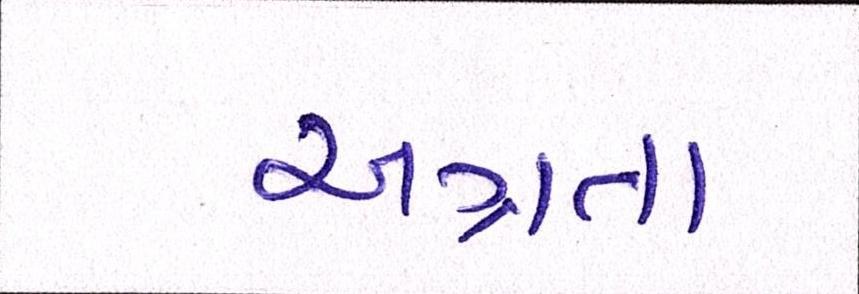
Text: અગ્રતા